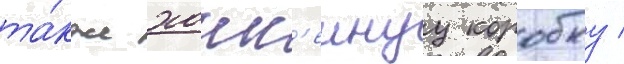
та́кже хокк'еинуу коробку /